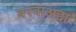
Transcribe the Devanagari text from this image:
बरवाअद्दा